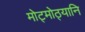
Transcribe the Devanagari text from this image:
मोट्मोठ्यानि